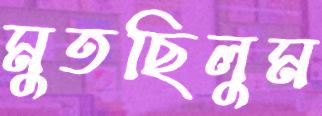
মুতছিলুম